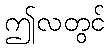
ဤလတွင်